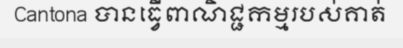
Cantona បានធ្វើពាណិជ្ជកម្មរបស់គាត់